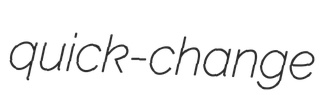
quick-change